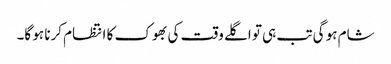
شام ہو گی تب ہی تو اگلے وقت کی بھوک کا انتظام کرنا ہو گا۔